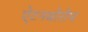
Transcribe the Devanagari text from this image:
ऐटनबोरोघ